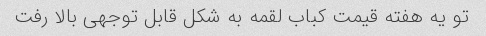
تو یه هفته قیمت کباب لقمه به شکل قابل توجهی بالا رفت